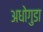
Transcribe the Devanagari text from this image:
अधोगुडा